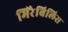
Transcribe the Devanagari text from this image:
मिरैबिलिस